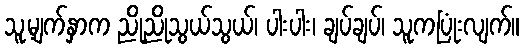
သူ့မျက်နှာက ညိုညိုသွယ်သွယ်၊ ပါးပါး၊ ချပ်ချပ်၊ သူကပြုံးလျက်။